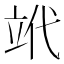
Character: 𥩦